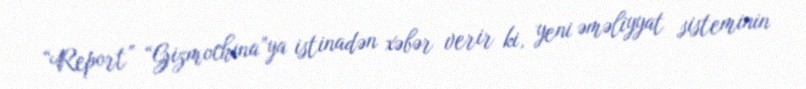
“Report” “Gizmochina”ya istinadən xəbər verir ki, yeni əməliyyat sisteminin